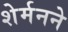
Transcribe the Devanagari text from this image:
शेर्मनने